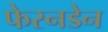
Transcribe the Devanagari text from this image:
फेस्नडेन